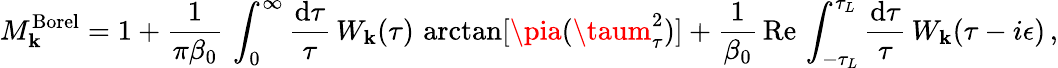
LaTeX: M_{\mathbf{k}}^{\mathrm{{Borel}}}=1+{\frac{{1}}{{\pi\beta_{0}}}}\, \int_{0}^{\infty}{\frac{{\mathrm{{d}}\tau}}{{\tau}}}\, W_{\mathbf{k}}(\tau)\, \arctan[\pia(\taum_{\tau}^{2})]+{\frac{{1}}{{\beta_{0}}}}\, \mathrm{{Re}}\, \int_{-\tau_{L}}^{\tau_{L}}{\frac{{\mathrm{{d}}\tau}}{{\tau}}}\, W_{\mathbf{k}}(\tau-i\epsilon)\, ,